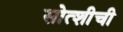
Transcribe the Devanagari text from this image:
सोत्शीची